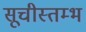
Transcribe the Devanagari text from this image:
सूचीस्तम्भ